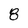
Character: 8